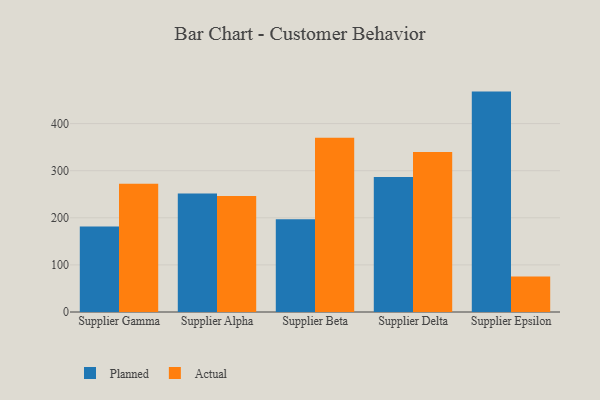
{"axis": {"x": "Supplier", "y": "Gross Profit (USD K)"}, "legend": ["Actual", "Planned"], "data": [{"x": "Supplier Gamma", "y": 181.4, "type": "Planned"}, {"x": "Supplier Gamma", "y": 272.2, "type": "Actual"}, {"x": "Supplier Alpha", "y": 251.6, "type": "Planned"}, {"x": "Supplier Alpha", "y": 246.0, "type": "Actual"}, {"x": "Supplier Beta", "y": 197.1, "type": "Planned"}, {"x": "Supplier Beta", "y": 369.9, "type": "Actual"}, {"x": "Supplier Delta", "y": 286.6, "type": "Planned"}, {"x": "Supplier Delta", "y": 339.9, "type": "Actual"}, {"x": "Supplier Epsilon", "y": 467.9, "type": "Planned"}, {"x": "Supplier Epsilon", "y": 75.4, "type": "Actual"}]}